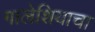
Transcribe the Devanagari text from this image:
गालेशियाचा